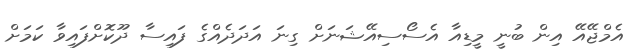
އެމްޖޭއޭ އިން ބުނީ މީޑިއާ އެސޯސިއޭޝަނަށް ގިނަ އަދަދެއްގެ ފައިސާ ދޫކޮށްފައިވާ ކަމަށް